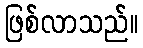
ဖြစ်လာသည်။